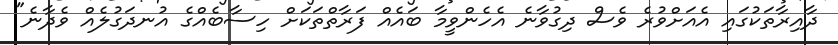
ދާއިރާތަކުގައި އެއަށްވުރެ ވެސް ދިގުވާނެ އެހެންވީމާ ބައެއް ފަރާތްތަކަށް ހިސާބެއްގެ އުނދަގުލެއް ވެދާނެ"